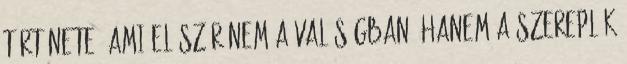
története, ami először nem a valóságban, hanem a szereplők